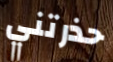
حذرتني